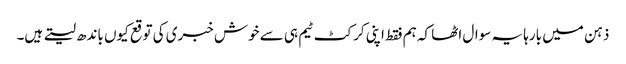
ذہن میں بارہا یہ سوال اٹھا کہ ہم فقط اپنی کرکٹ ٹیم ہی سے خوش خبری کی توقع کیوں باندھ لیتے ہیں۔